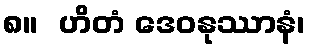
၈။  ဟိတံ ဒေဝနုဿာနံ၊